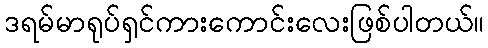
ဒရမ်မာရုပ်ရှင်ကားကောင်းလေးဖြစ်ပါတယ်။